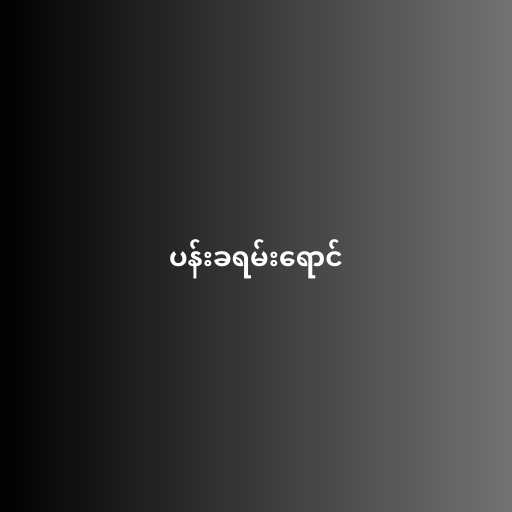
ပန်းခရမ်းရောင်